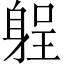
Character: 𨉑